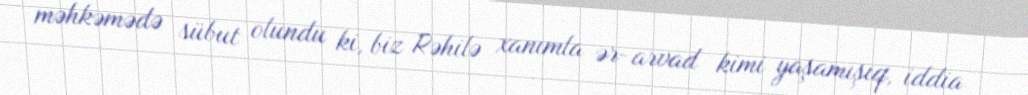
məhkəmədə sübut olundu ki, biz Rəhilə xanımla ər-arvad kimi yaşamışıq, iddia